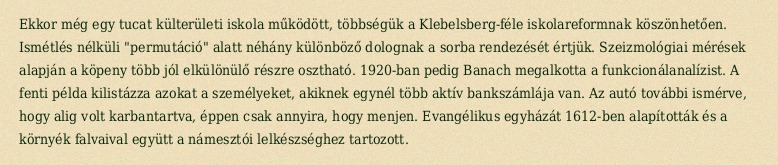
Ekkor még egy tucat külterületi iskola működött, többségük a Klebelsberg-féle iskolareformnak köszönhetően. Ismétlés nélküli "permutáció" alatt néhány különböző dolognak a sorba rendezését értjük. Szeizmológiai mérések alapján a köpeny több jól elkülönülő részre osztható. 1920-ban pedig Banach megalkotta a funkcionálanalízist. A fenti példa kilistázza azokat a személyeket, akiknek egynél több aktív bankszámlája van. Az autó további ismérve, hogy alig volt karbantartva, éppen csak annyira, hogy menjen. Evangélikus egyházát 1612-ben alapították és a környék falvaival együtt a námesztói lelkészséghez tartozott.